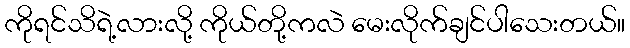
ကိုရင်သိရဲ့လားလို့ ကိုယ်တို့ကလဲ မေးလိုက်ချင်ပါသေးတယ်။